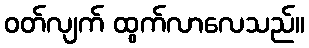
ဝတ်လျက် ထွက်လာလေသည်။